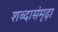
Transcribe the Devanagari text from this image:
शब्दासंमृढ़ा